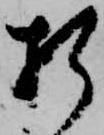
折